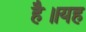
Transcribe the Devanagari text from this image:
है॥यह